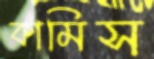
কামিস